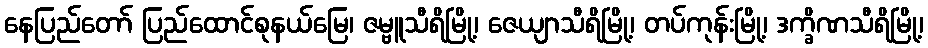
နေပြည်တော် ပြည်ထောင်စုနယ်မြေ၊ ဇမ္ဗူသီရိမြို့၊ ဇေယျာသီရိမြို့၊ တပ်ကုန်းမြို့၊ ဒက္ခိဏသီရိမြို့၊